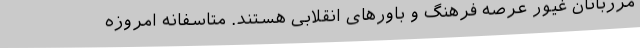
مرزبانان غیور عرصه فرهنگ و باورهای انقلابی هستند. متاسفانه امروزه